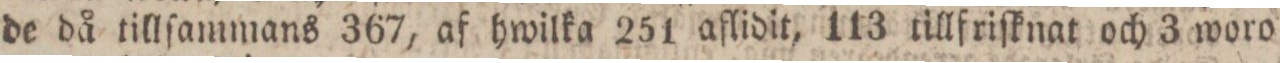
de då tillſammans 367, af hwilka 251 aflidit, 113 tillfriſknat och 3 woro